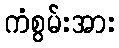
ကံစွမ်းအား